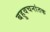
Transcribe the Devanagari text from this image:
बहुवचनांतक